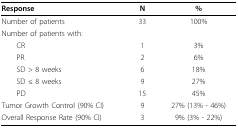
| Response | N | % |
 | --- | --- | --- |
 | Number of patients | 33 | 100% |
 | Number of patients with: |  |  |
 | CR | 1 | 3% |
 | PR | 2 | 6% |
 | SD > 8 weeks | 6 | 18% |
 | SD ≤ 8 weeks | 9 | 27% |
 | PD | 15 | 45% |
 | Tumor Growth Control (90% CI) | 9 | 27% (13% - 46%) |
 | Overall Response Rate (90% CI) | 3 | 9% (3% - 22%) |